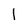
Character: l